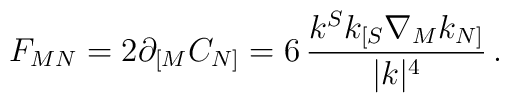
F_{MN}= 2 \partial_{[M} C_{N]} = 6\, {k^S k_{[S} \nabla_M k_{N]} \over|k|^4} \,.